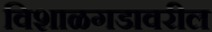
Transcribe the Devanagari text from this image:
विशाळगडावरील